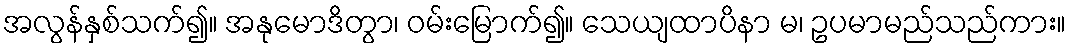
အလွန်နှစ်သက်၍။ အနုမောဒိတွာ၊ ဝမ်းမြောက်၍။ သေယျထာပိနာ မ၊ ဥပမာမည်သည်ကား။